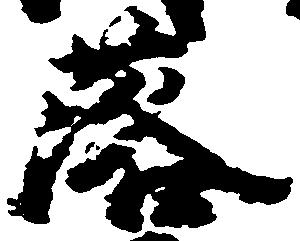
落